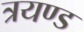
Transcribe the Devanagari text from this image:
त्रयण्ड